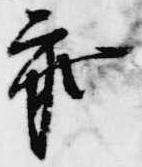
参